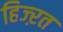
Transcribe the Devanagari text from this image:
हिज्ऱत